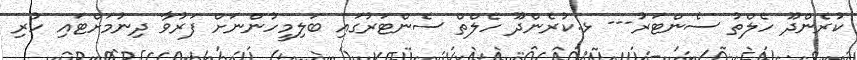
ކުރެންދޫ ހެލްތު ސެންޓަރު--- ޅ.ކުރެންދޫ ހެލްތް ސެންޓަރުގައި ބަލިމީހުންނަށް ފަރުވާ ދިނުމަށްޓައި ހުރި